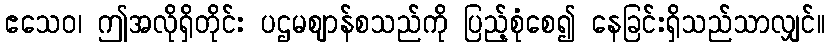
ဧသေဝ၊ ဤအလိုရှိတိုင်း ပဌမဈာန်စသည်ကို ပြည့်စုံစေ၍ နေခြင်းရှိသည်သာလျှင်။